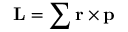
\mathbf { L } = \sum \mathbf { r } \times \mathbf { p }